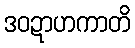
ဒဝဍာဟကာတိ